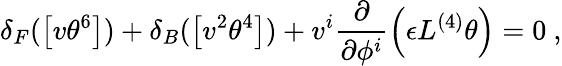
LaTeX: \delta_{F}(\left[v\theta^{6}\right])+\delta_{B}(\left[v^{2}\theta^{4}\right])+v^{i}\frac{\partial}{\partial\phi^{i}}\left(\epsilon L^{(4)}\theta\right)=0~,